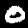
Digit: 0